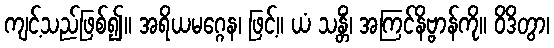
ကျင့်သည်ဖြစ်၍။ အရိယမဂ္ဂေန၊ ဖြင့်။ ယံ သန္တိံ၊ အကြင်နိဗ္ဗာန်ကို။ ဝိဒိတွာ၊